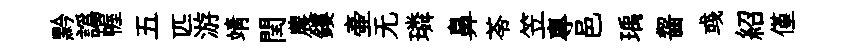
黔譌幄五匹游靖閏農鏤壷无璘鼻苓笠專邑瑀齧彧紹僅